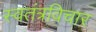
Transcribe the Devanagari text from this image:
स्वतंत्रविचार